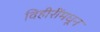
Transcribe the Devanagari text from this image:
विहीरींमधून